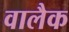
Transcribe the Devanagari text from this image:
वालैक